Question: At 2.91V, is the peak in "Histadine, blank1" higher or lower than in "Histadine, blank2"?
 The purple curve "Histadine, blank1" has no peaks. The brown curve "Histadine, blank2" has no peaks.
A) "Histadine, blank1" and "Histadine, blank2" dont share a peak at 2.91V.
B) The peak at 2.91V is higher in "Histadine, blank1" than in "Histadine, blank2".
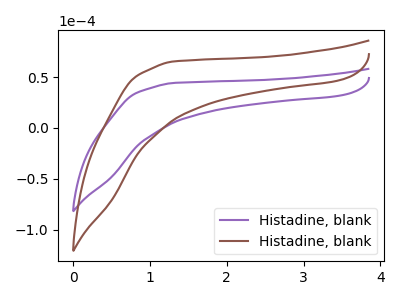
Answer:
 <answer>A) "Histadine, blank1" and "Histadine, blank2" dont share a peak at 2.91V.</answer>
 <eval>A</eval>